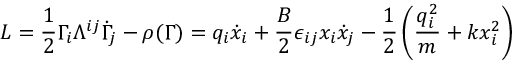
L = \frac { 1 } { 2 } \Gamma _ { i } \Lambda ^ { i j } \dot { \Gamma } _ { j } - \rho ( \Gamma ) = q _ { i } \dot { x } _ { i } + \frac { B } { 2 } \epsilon _ { i j } x _ { i } \dot { x } _ { j } - \frac { 1 } { 2 } \left( \frac { q _ { i } ^ { 2 } } { m } + k x _ { i } ^ { 2 } \right)